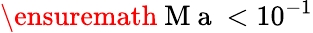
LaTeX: \ensuremath{\mathrm{~M~a~}}<10^{-1}